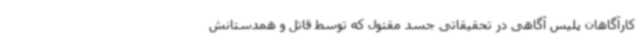
کارآگاهان پلیس آگاهی در تحقیقاتی جسد مقتول که توسط قاتل و همدستانش